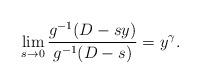
LaTeX: \begin{align*}\lim_{s\to 0}\frac{g^{-1}(D-sy)}{g^{-1}(D-s)}=y^\gamma.\end{align*}